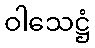
ဝါသေဋ္ဌံ